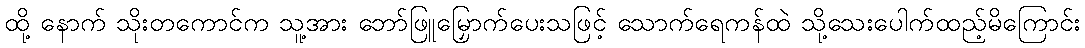
ထို့ နောက် သိုးတကောင်က သူ့အား ဘော်ဖြူမြှောက်ပေးသဖြင့် သောက်ရေကန်ထဲ သို့သေးပေါက်ထည့်မိကြောင်း